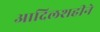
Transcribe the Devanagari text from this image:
आदिलशहीने